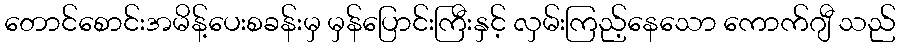
တောင်စောင်းအမိန့်ပေးစခန်းမှ မှန်ပြောင်းကြီးနှင့် လှမ်းကြည့်နေသော ကောက်ဂျီ သည်